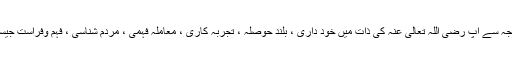
اور غالباً انہیں تجارتی سفروں کی وجہ سے آپ رَضِیَ اللّٰہُ تَعَالٰی عَنْہ کی ذات میں خود داری ، بلند حوصلہ ، تجربہ کاری ، معاملہ فہمی ، مردم شناسی ، فہم وفراست جیسے باکمال اوصاف پیدا ہوگئے تھے۔